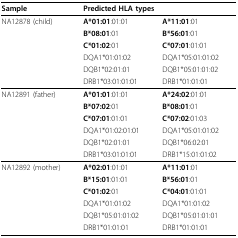
| Sample | <COLSPAN=2> Predicted HLA types |
 | --- | --- | --- |
 | NA12878 (child) | A*01:01:01:01 | A*11:01:01 |
 |  | B*08:01:01 | B*56:01:01 |
 |  | C*01:02:01 | C*07:01:01:01 |
 |  | DQA1*01:01:02 | DQA1*05:01:01:02 |
 |  | DQB1*02:01:01 | DQB1*05:01:01:02 |
 |  | DRB1*03:01:01:01 | DRB1*01:01:01 |
 | NA12891 (father) | A*01:01:01:01 | A*24:02:01:01 |
 |  | B*07:02:01 | B*08:01:01 |
 |  | C*07:01:01:01 | C*07:02:01:03 |
 |  | DQA1*01:02:01:01 | DQA1*05:01:01:02 |
 |  | DQB1*02:01:01 | DQB1*06:02:01 |
 |  | DRB1*03:01:01:01 | DRB1*15:01:01:02 |
 | NA12892 (mother) | A*02:01:01:01 | A*11:01:01 |
 |  | B*15:01:01:01 | B*56:01:01 |
 |  | C*01:02:01 | C*04:01:01:01 |
 |  | DQA1*01:01:02 | DQA1*01:01:02 |
 |  | DQB1*05:01:01:02 | DQB1*05:01:01:01 |
 |  | DRB1*01:01:01 | DRB1*01:01:01 |